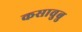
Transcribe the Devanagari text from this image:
कसावुबु